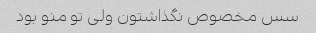
سس مخصوص نگذاشتون ولی تو منو بود